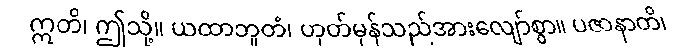
ဣတိ၊ ဤသို့။ ယထာဘူတံ၊ ဟုတ်မှန်သည်အားလျော်စွာ။ ပဇာနာတိ၊